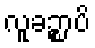
လူခဉ္စာပိ